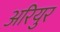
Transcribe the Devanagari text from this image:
अरियुर